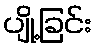
ပျို့ခြင်း